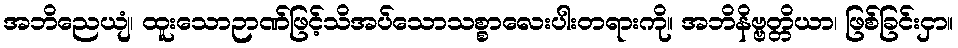
အဘိညေယျံ၊ ထူးသောဉာဏ်ဖြင့်သိအပ်သောသစ္စာလေးပါးတရားကို။ အဘိနိဗ္ဗတ္တိယာ၊ ဖြစ်ခြင်းငှာ။